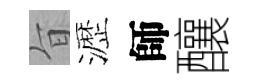
旨瀝師釀